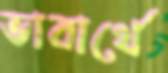
ভাবার্থে